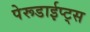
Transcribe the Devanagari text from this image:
पेरूडाईप्ट्स